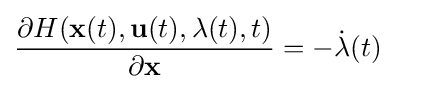
{\frac {\partial H(\mathbf {x} (t),\mathbf {u} (t),\mathbf {\lambda } (t),t)}{\partial \mathbf {x} }}=-{\dot {\mathbf {\lambda } }}(t)\quad